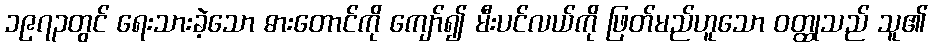
၁၉၇၃တွင် ရေးသားခဲ့သော ဓားတောင်ကို ကျော်၍ မီးပင်လယ်ကို ဖြတ်မည်ဟူသော ဝတ္ထုသည် သူ၏